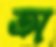
অ